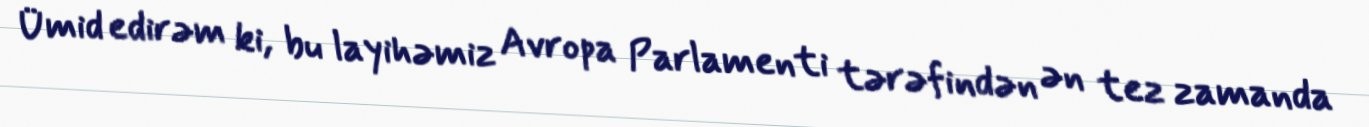
Ümid edirəm ki, bu layihəmiz Avropa Parlamenti tərəfindən ən tez zamanda